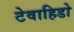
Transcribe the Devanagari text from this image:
टेवाहिडो